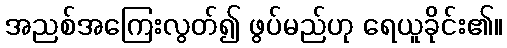
အညစ်အကြေးလွတ်၍ ဖွပ်မည်ဟု ရေယူခိုင်း၏။